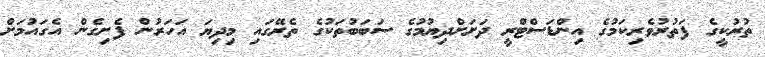
ތުރުކީގެ ފަތުރުވެރިކަމުގެ އިންޑަސްޓްރީ ދަށަށްދިޔުމުގެ ސަބަބުތަކުގެ ތެރޭގައި މިދިޔަ އަހަރުން ފެށިގެން އެގައުމަށް